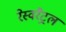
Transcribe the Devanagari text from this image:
रेस्वरैट्रल